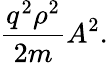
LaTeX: {\frac{q^{2}\rho^{2}}{2m}}A^{2}.